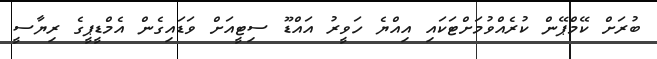
ބުރަށް ކޭމްޕޭން ކުރެއްވުމަށްޓަކައި އިއްޔެ ހަވީރު އައްޑޫ ސިޓީއަށް ވަޑައިގެން އެމްޑީޕީގެ ރިޔާސީ